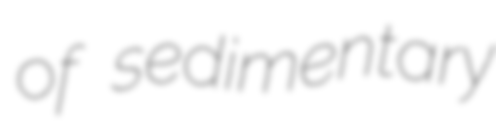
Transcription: of sedimentary